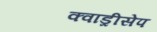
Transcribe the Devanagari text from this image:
क्वाड्रीसेप